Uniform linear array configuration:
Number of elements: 12
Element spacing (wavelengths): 1
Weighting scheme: exponential
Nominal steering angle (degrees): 45
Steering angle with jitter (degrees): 46.064
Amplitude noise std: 0.05
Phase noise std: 0.05

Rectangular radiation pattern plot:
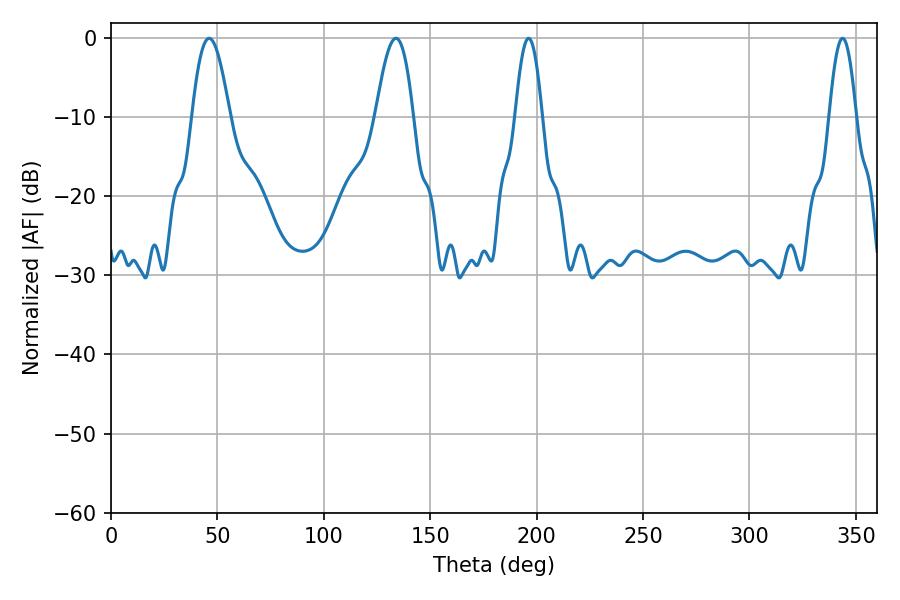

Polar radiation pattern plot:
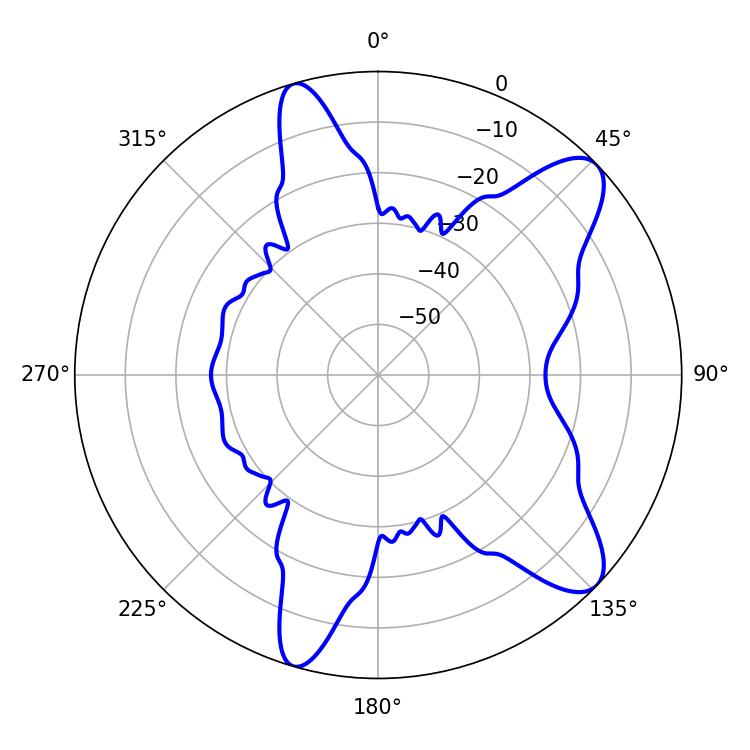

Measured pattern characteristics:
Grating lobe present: TRUE
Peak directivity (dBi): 9.929
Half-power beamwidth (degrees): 9.54
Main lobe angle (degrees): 46.08